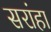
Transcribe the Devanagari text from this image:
सरांहा